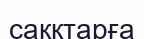
сакқтарға